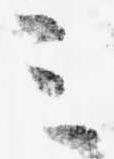
ミ